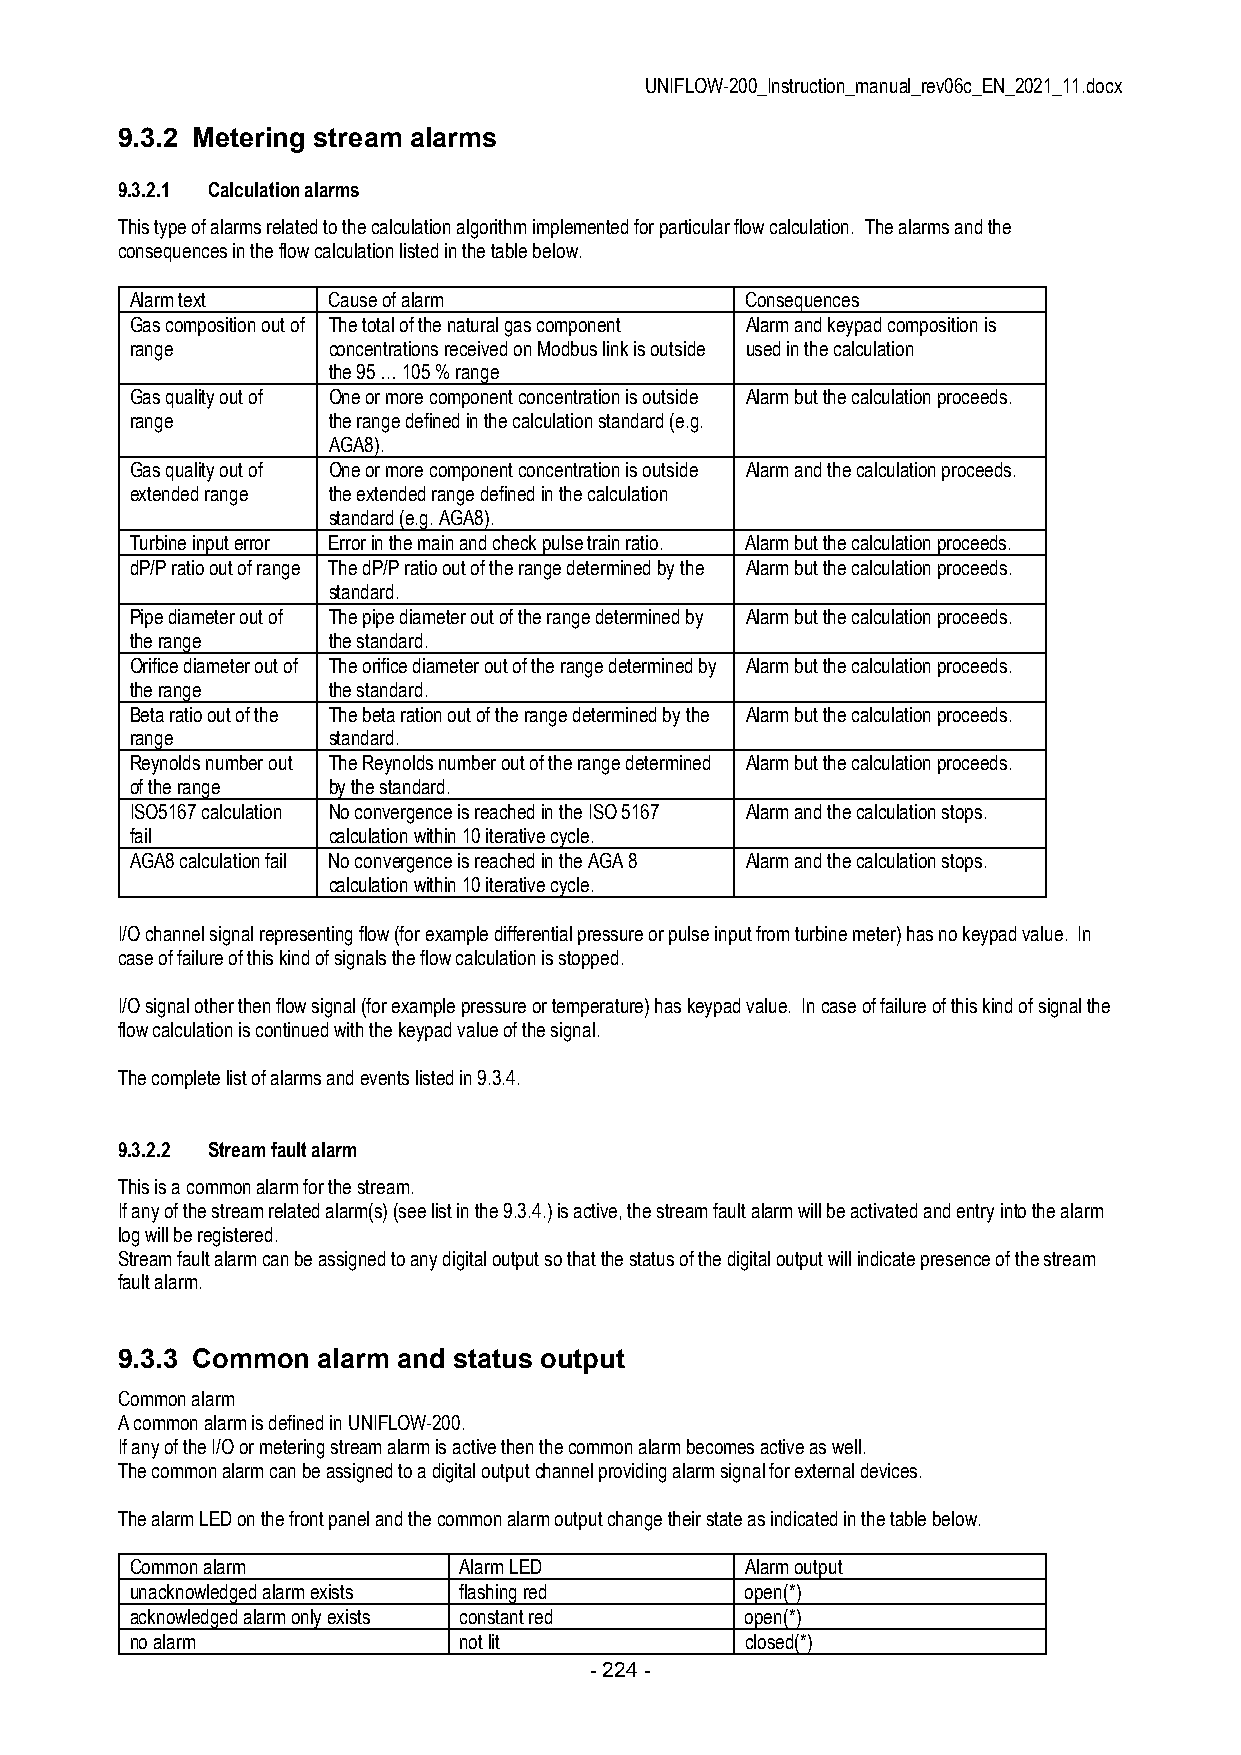
UNIFLOW-200_Instruction_manual_rev06c_EN_2021_11.docx
 9.3.2 Metering stream alarms
 9.3.2.1 Calculation alarms
 This type of alarms related to the calculation algorithm implemented for particular flow calculation. The alarms and the
 consequences in the flow calculation listed in the table below.
 Alarm text   Cause of alarm             Consequences
 Gas composition out of The total of the natural gas component Alarm and keypad composition is
 range        concentrations received on Modbus link is outside used in the calculation
 the 95 … 105 % range
 Gas quality out of One or more component concentration is outside Alarm but the calculation proceeds.
 range        the range defined in the calculation standard (e.g.
 AGA8).
 Gas quality out of One or more component concentration is outside Alarm and the calculation proceeds.
 extended range the extended range defined in the calculation
 standard (e.g. AGA8).
 Turbine input error Error in the main and check pulse train ratio. Alarm but the calculation proceeds.
 dP/P ratio out of range The dP/P ratio out of the range determined by the Alarm but the calculation proceeds.
 standard.
 Pipe diameter out of The pipe diameter out of the range determined by Alarm but the calculation proceeds.
 the range    the standard.
 Orifice diameter out of The orifice diameter out of the range determined by Alarm but the calculation proceeds.
 the range    the standard.
 Beta ratio out of the The beta ration out of the range determined by the Alarm but the calculation proceeds.
 range        standard.
 Reynolds number out The Reynolds number out of the range determined Alarm but the calculation proceeds.
 of the range by the standard.
 ISO5167 calculation No convergence is reached in the ISO 5167 Alarm and the calculation stops.
 fail         calculation within 10 iterative cycle.
 AGA8 calculation fail No convergence is reached in the AGA 8 Alarm and the calculation stops.
 calculation within 10 iterative cycle.
 I/O channel signal representing flow (for example differential pressure or pulse input from turbine meter) has no keypad value. In
 case of failure of this kind of signals the flow calculation is stopped.
 I/O signal other then flow signal (for example pressure or temperature) has keypad value. In case of failure of this kind of signal the
 flow calculation is continued with the keypad value of the signal.
 The complete list of alarms and events listed in 9.3.4.
 9.3.2.2 Stream fault alarm
 This is a common alarm for the stream.
 If any of the stream related alarm(s) (see list in the 9.3.4.) is active, the stream fault alarm will be activated and entry into the alarm
 log will be registered.
 Stream fault alarm can be assigned to any digital output so that the status of the digital output will indicate presence of the stream
 fault alarm.
 9.3.3 Common alarm and status output
 Common alarm
 A common alarm is defined in UNIFLOW-200.
 If any of the I/O or metering stream alarm is active then the common alarm becomes active as well.
 The common alarm can be assigned to a digital output channel providing alarm signal for external devices.
 The alarm LED on the front panel and the common alarm output change their state as indicated in the table below.
 Common alarm         Alarm LED          Alarm output
 unacknowledged alarm exists flashing red open(*)
 acknowledged alarm only exists constant red open(*)
 no alarm             not lit            closed(*)
 - 224 -